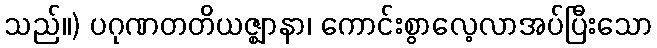
သည်။) ပဂုဏတတိယဇ္ဈာနာ၊ ကောင်းစွာလေ့လာအပ်ပြီးသော